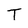
Character: T